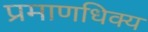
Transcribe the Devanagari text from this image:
प्रमाणधिक्य